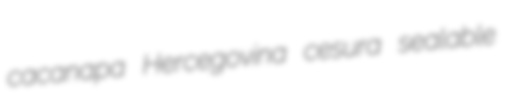
cacanapa Hercegovina cesura sealable